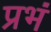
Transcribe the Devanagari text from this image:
प्रभं